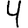
Digit: 4